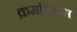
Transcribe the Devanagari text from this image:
क्रमविकस